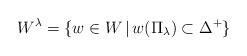
LaTeX: \begin{align*}W^\lambda= \{w\in W\,|\,w(\Pi_\lambda)\subset\Delta^+\}\end{align*}